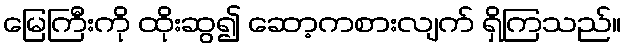
မြေကြီးကို ထိုးဆွ၍ ဆော့ကစားလျက် ရှိကြသည်။